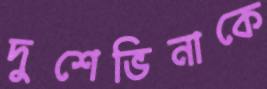
দুশেভিনাকে